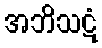
အဘိသဋံ